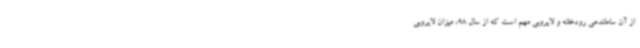
از آن ساماندهی رودخانه و لایروبی مهم است که از سال 98، میزان لایروبی